Vaccination in Bombay 1856-1862 - 1856-1862
Year: 1856
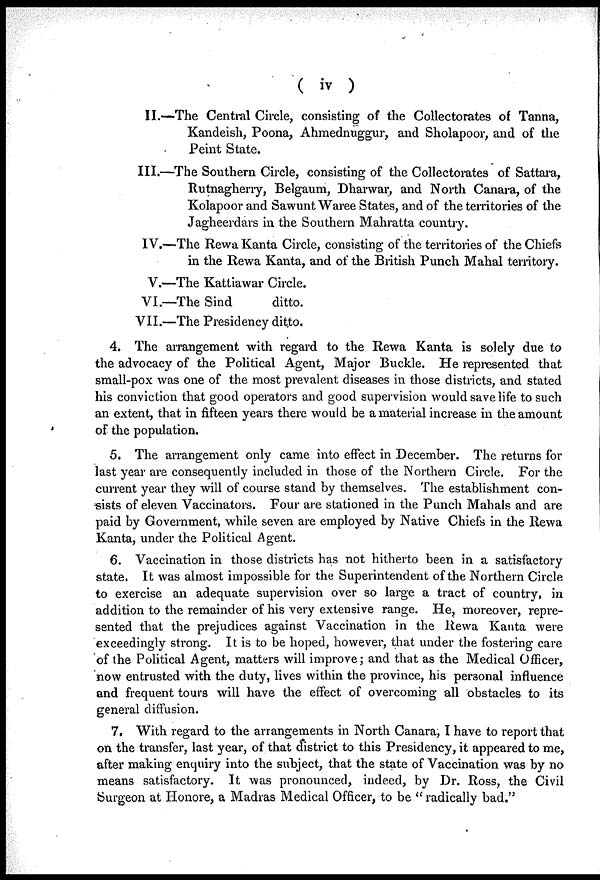
( iv )
II.—The Central Circle, consisting of the Collectorates of Tanna,
Kandeish, Poona, Ahmednuggur, and Sholapoor, and of the
Peint State.
III.—The Southern Circle, consisting of the Collectorates of Sattara,
Rutnagherry, Belgaum, Dharwar, and North Canara, of the
Kolapoor and Sawunt Waree States, and of the territories of the
Jagheerdars in the Southern Mahratta country.
IV.—The Rewa Kanta Circle, consisting of the territories of the Chiefs
in the Rewa Kanta, and of the British Punch Mahal territory.
V.—The Kattiawar Circle.
VI.—The Sind
ditto.
VII.—The Presidency ditto.
4. The arrangement with regard to the Rewa Kanta is solely due to
the advocacy of the Political Agent, Major Buckle. He represented that
small-pox was one of the most prevalent diseases in those districts, and stated
his conviction that good operators and good supervision would save life to such
an extent, that in fifteen years there would be a material increase in the amount
of the population.
5. The arrangement only came into effect in December. The returns for
last year are consequently included in those of the Northern Circle. For the
current year they will of course stand by themselves. The establishment con-
sists of eleven Vaccinators. Four are stationed in the Punch Mahals and are
paid by Government, while seven are employed by Native Chiefs in the Rewa
Kanta, under the Political Agent.
6. Vaccination in those districts has not hitherto been in a satisfactory
state. It was almost impossible for the Superintendent of the Northern Circle
to exercise an adequate supervision over so large a tract of country, in
addition to the remainder of his very extensive range. He, moreover, repre-
sented that the prejudices against Vaccination in the Rewa Kanta were
exceedingly strong. It is to be hoped, however, that under the fostering care
of the Political Agent, matters will improve; and that as the Medical Officer,
now entrusted with the duty, lives within the province, his personal influence
and frequent tours will have the effect of overcoming all obstacles to its
general diffusion.
7. With regard to the arrangements in North Canara, I have to report that
on the transfer, last year, of that district to this Presidency, it appeared to me,
after making enquiry into the subject, that the state of Vaccination was by no
means satisfactory. It was pronounced, indeed, by Dr. Ross, the Civil
Surgeon at Honore, a Madras Medical Officer, to be " radically bad."